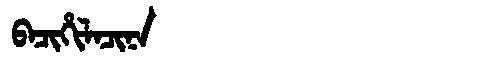
Manchu: ᠪᠠᠴᡳᡥᡳᠯᠠᠴᡳᠨᠠ
Romanization: BACIHILACINA